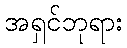
အရှင်ဘုရား